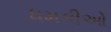
ધમકીઓ